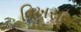
વિખરાય